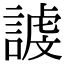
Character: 𮘭